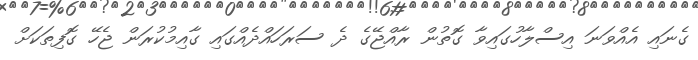
ގެނައި އެއްވަނަ އިސްލާހުގައިވާ ގޮތުން ރާއްޖޭގެ ދެ ސަރަހައްދެއްގައި ގާއިމުކުރަން ޖެހޭ ގޮފިތަކަށް